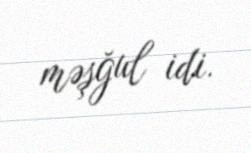
məşğul idi.